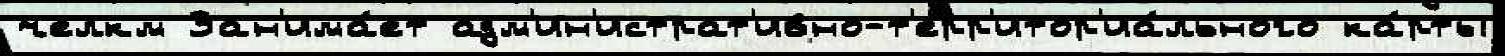
челкм Зан'има́ет адм'ин'истрат'ивно-т'ерр'итор'иа́льного ка́рты